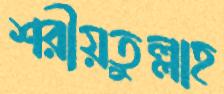
শরীয়তুল্লাহ